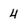
Character: 4